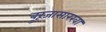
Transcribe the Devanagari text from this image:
बुरूजासारखा